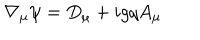
LaTeX: \nabla _ { \mu } \psi = D _ { \mu } + i g q A _ { \mu }